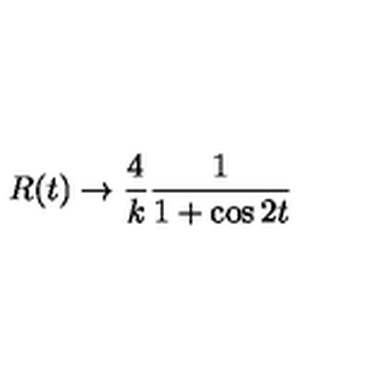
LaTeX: R ( t ) \rightarrow \frac { 4 } { k } \frac { 1 } { 1 + \cos 2 t }